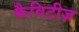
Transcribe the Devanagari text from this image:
कैविटीज़